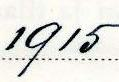
1915